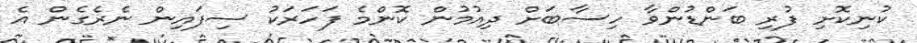
ކުނިކޮށި ފުރި ބަންޑުންވާ ހިސާބަށް ދިއުމުން ކޮންމެ ފަހަރަކު ސިފައިން ނެރެގެން އެ